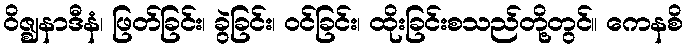
ဝိဇ္ဈနာဒီနံ၊ ဖြတ်ခြင်း၊ ခွဲခြင်း၊ ဝင်ခြင်း၊ ထိုးခြင်းစသည်တို့တွင်။ ကေနစိ